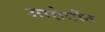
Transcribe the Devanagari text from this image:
आरोपींत